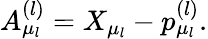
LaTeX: A_{\mu_{l}}^{(l)}=X_{\mu_{l}}-p_{\mu_{l}}^{(l)}.